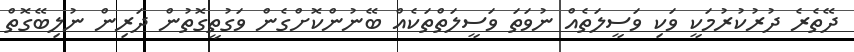
ދޭތެރެ ދުރުކުރުމަކީ ވަކި ވަސީލަތެއް ނުވަތަ ވަސީލަތްތަކެއް ބޭނުންކޮށްގެން ވަގުތީގޮތުން ދަރިން ނުލިބޭގޮތް